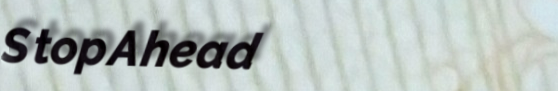
StopAhead